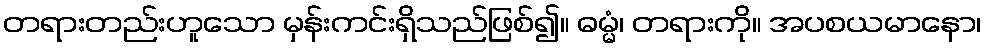
တရားတည်းဟူသော မှန်းကင်းရှိသည်ဖြစ်၍။ ဓမ္မံ၊ တရားကို။ အပစယမာနော၊